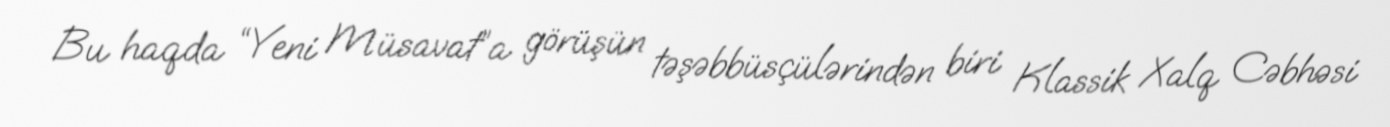
Bu haqda “Yeni Müsavat”a görüşün təşəbbüsçülərindən biri Klassik Xalq Cəbhəsi